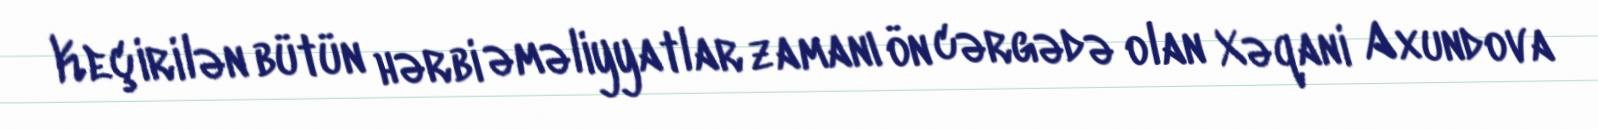
Keçirilən bütün hərbi əməliyyatlar zamanı ön cərgədə olan Xəqani Axundova